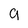
Character: g